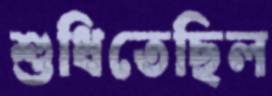
শুধিতেছিল